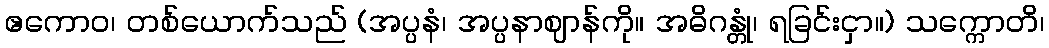
ဧကောဝ၊ တစ်ယောက်သည် (အပ္ပနံ၊ အပ္ပနာဈာန်ကို။ အဓိဂန္တုံ၊ ရခြင်းငှာ။) သက္ကောတိ၊